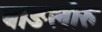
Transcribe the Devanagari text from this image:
बाङलोरु